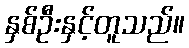
နှစ်ဦးနှင့်တူသည်။